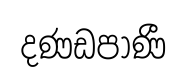
දණඩපාණී